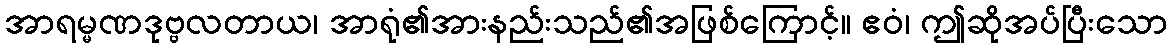
အာရမ္မဏဒုဗ္ဗလတာယ၊ အာရုံ၏အားနည်းသည်၏အဖြစ်ကြောင့်။ ဧဝံ၊ ဤဆိုအပ်ပြီးသော